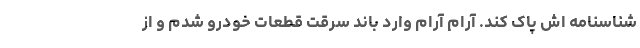
شناسنامه اش پاک کند. آرام آرام وارد باند سرقت قطعات خودرو شدم و از